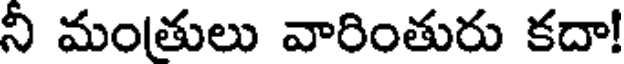
నీ మంతులు వారింతురు కదా!